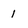
Character: 1